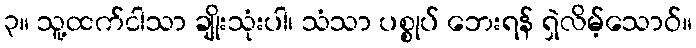
၃။ သူ့ထက်ငါသာ ချိုးသုံးပါ၊ သံသာ ပစ္စုပ် ဘေးရန် ရှဲလိမ့်သောဝ်။